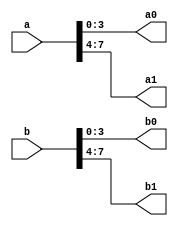
`timescale 1ns / 1ps
//////////////////////////////////////////////////////////////////////////////////
// Company: 
// Engineer: 
// 
// Design Name: 
// Module Name: Splice
// Project Name: 
// Target Devices: 
// Tool Versions: 
// Description: 
// 
// Dependencies: 
// 
// Revision:
// Revision 0.01 - File Created
// Additional Comments:
// 
//////////////////////////////////////////////////////////////////////////////////


module Splice(input [7:0] a , b, output reg [3:0] a0, a1, b0, b1);

always @(a,b)
begin
    a0[0] = a[0];
    a0[1] = a[1];
    a0[2] = a[2];
    a0[3] = a[3];
    a1[0] = a[4];
    a1[1] = a[5];
    a1[2] = a[6];
    a1[3] = a[7];
    
     b0[0] = b[0];
     b0[1] = b[1];
     b0[2] = b[2];
     b0[3] = b[3];
     b1[0] = b[4];
     b1[1] = b[5];
     b1[2] = b[6];
     b1[3] = b[7];
end

endmodule